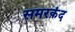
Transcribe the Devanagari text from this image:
समरक़ंद